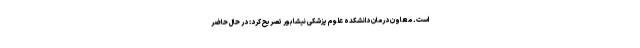
است. معاون درمان دانشکده علوم پزشکی نیشابور تصریح کرد: در حال حاضر